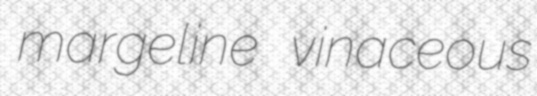
margeline vinaceous